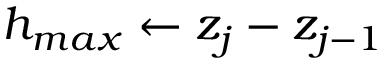
h _ { m a x } \leftarrow z _ { j } - z _ { j - 1 }